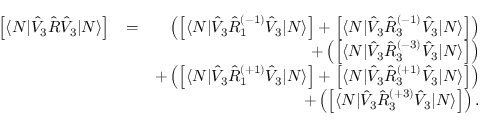
\begin{array} { r l r } { \left[ \langle N | \hat { V } _ { 3 } \hat { R } \hat { V } _ { 3 } | N \rangle \right] } & { = } & { \left( \left[ \langle N | \hat { V } _ { 3 } \hat { R } _ { 1 } ^ { ( - 1 ) } \hat { V } _ { 3 } | N \rangle \right] + \left[ \langle N | \hat { V } _ { 3 } \hat { R } _ { 3 } ^ { ( - 1 ) } \hat { V } _ { 3 } | N \rangle \right] \right) } \\ & { } & { + \left( \left[ \langle N | \hat { V } _ { 3 } \hat { R } _ { 3 } ^ { ( - 3 ) } \hat { V } _ { 3 } | N \rangle \right] \right) } \\ & { } & { + \left( \left[ \langle N | \hat { V } _ { 3 } \hat { R } _ { 1 } ^ { ( + 1 ) } \hat { V } _ { 3 } | N \rangle \right] + \left[ \langle N | \hat { V } _ { 3 } \hat { R } _ { 3 } ^ { ( + 1 ) } \hat { V } _ { 3 } | N \rangle \right] \right) } \\ & { } & { + \left( \left[ \langle N | \hat { V } _ { 3 } \hat { R } _ { 3 } ^ { ( + 3 ) } \hat { V } _ { 3 } | N \rangle \right] \right) . } \end{array}